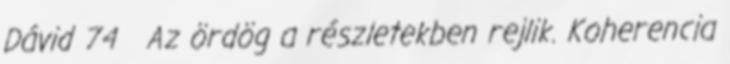
Dávid 74 Az ördög a részletekben rejlik. Koherencia